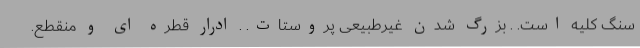
سنگ کلیه است. . بزرگ شدن غیرطبیعی پروستات. . ادرار قطره ای و منقطع.